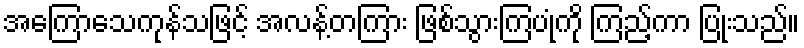
အကြောသေကုန်သဖြင့် အလန့်တကြား ဖြစ်သွားကြပုံကို ကြည့်ကာ ပြုံးသည်။